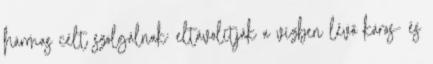
hármas célt szolgálnak: eltávolítják a vízben lévő káros- és